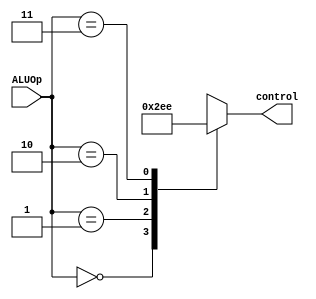
module ALUcontrol(ALUOp, control);
input [1:0] ALUOp;
output reg [2:0] control;
always @ (*)
begin
 case (ALUOp)
	2'b00: control = 1;
	2'b01: control = 3;
	2'b10: control = 5;
	2'b11: control = 6;
 endcase
end
endmodule